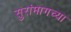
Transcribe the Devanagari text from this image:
सुरांमागच्या